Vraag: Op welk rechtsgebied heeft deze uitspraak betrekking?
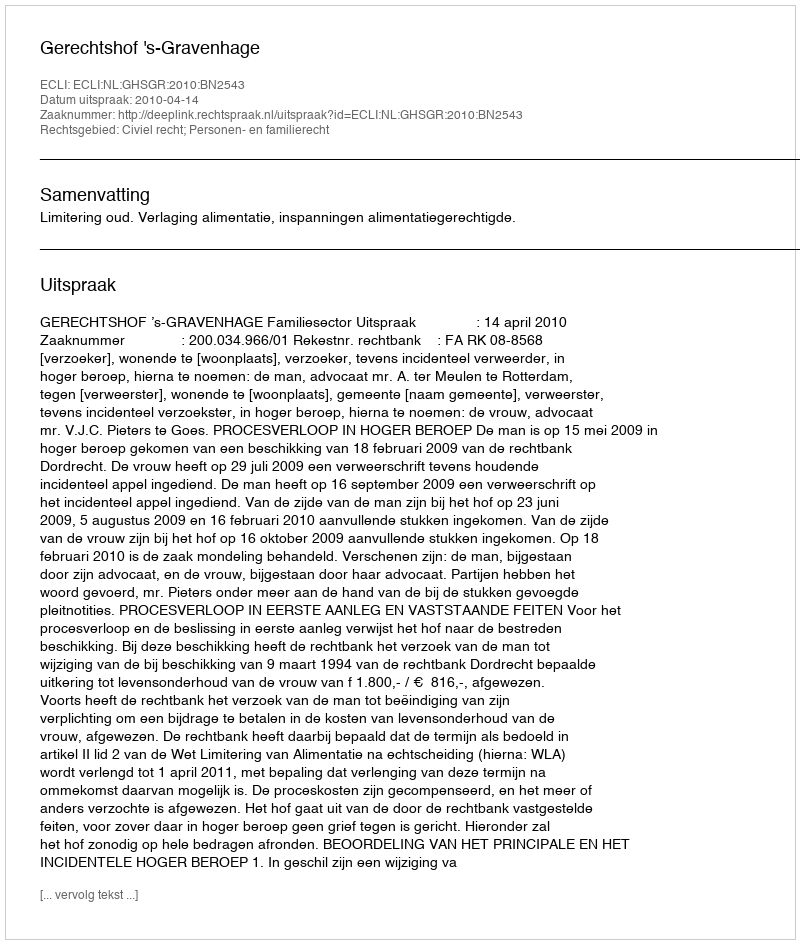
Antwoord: Civiel recht; Personen- en familierecht